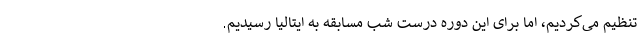
تنظیم می‌کردیم، اما برای این دوره درست شب مسابقه به ایتالیا رسیدیم.